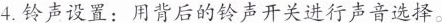
4.铃声设置：用背后的铃声开关进行声音选择。